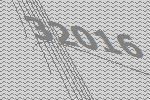
32016